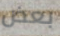
بعض